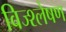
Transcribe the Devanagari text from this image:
विज्श्लेषण